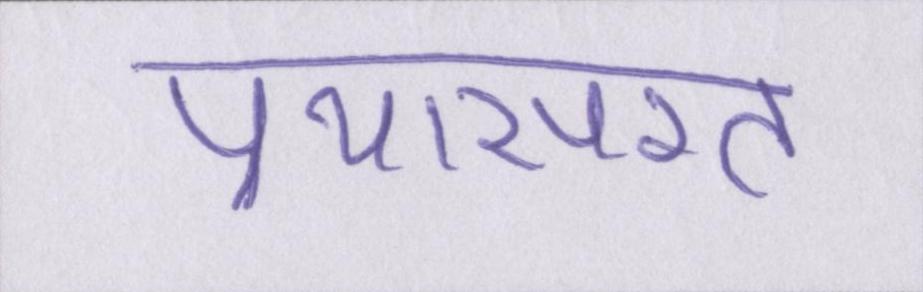
प्रयासरत